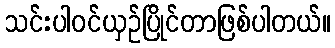
သင်းပါဝင်ယှဉ်ပြိုင်တာဖြစ်ပါတယ်။